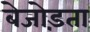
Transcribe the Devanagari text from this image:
बेजोड़ता